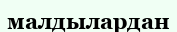
малдылардан